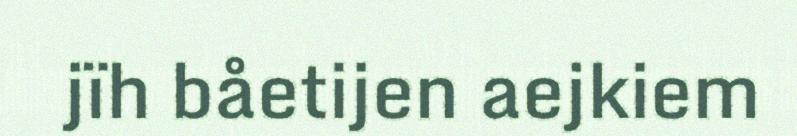
jïh båetijen aejkiem